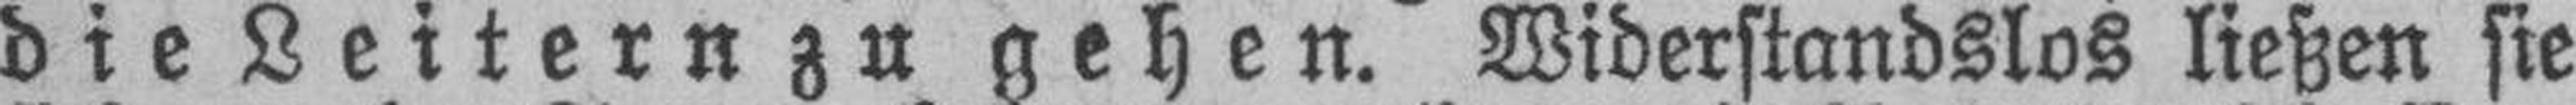
die Leitern zu gehen. Widerstandslos ließen sie